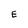
Character: E